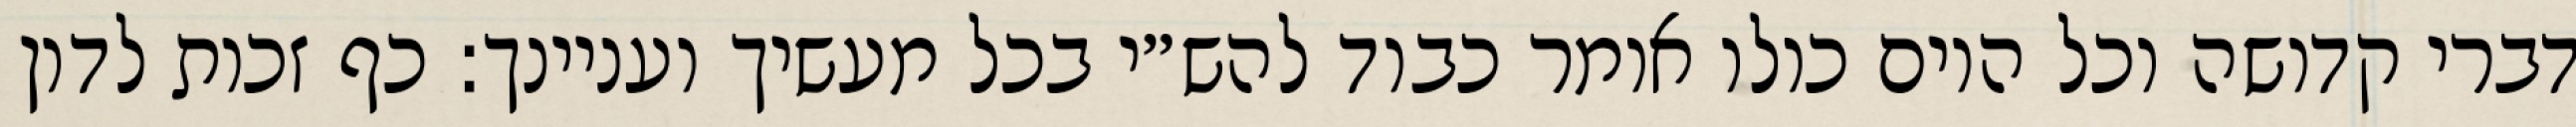
דברי קדושה וכל היום כולו אומר כבוד להש״י בכל מעשיך ועניינך: כף זכות לדון